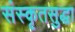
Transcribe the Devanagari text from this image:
संस्कृतसुद्धा